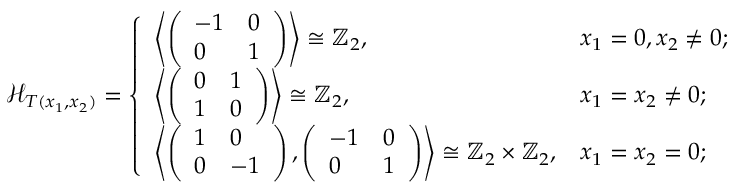
{ \mathcal H } _ { T ( x _ { 1 } , x _ { 2 } ) } = \left\{ \begin{array} { l l } { \left\langle \left( \begin{array} { l l } { - 1 } & { 0 } \\ { 0 } & { 1 } \end{array} \right) \right\rangle \cong \mathbb { Z } _ { 2 } , } & { x _ { 1 } = 0 , x _ { 2 } \neq 0 ; } \\ { \left\langle \left( \begin{array} { l l } { 0 } & { 1 } \\ { 1 } & { 0 } \end{array} \right) \right\rangle \cong \mathbb { Z } _ { 2 } , } & { x _ { 1 } = x _ { 2 } \neq 0 ; } \\ { \left\langle \left( \begin{array} { l l } { 1 } & { 0 } \\ { 0 } & { - 1 } \end{array} \right) , \left( \begin{array} { l l } { - 1 } & { 0 } \\ { 0 } & { 1 } \end{array} \right) \right\rangle \cong \mathbb { Z } _ { 2 } \times \mathbb { Z } _ { 2 } , } & { x _ { 1 } = x _ { 2 } = 0 ; } \end{array} \right.